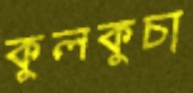
কুলকুচা